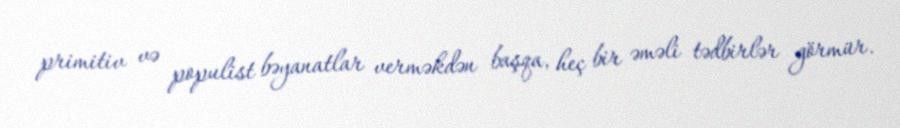
primitiv və populist bəyanatlar verməkdən başqa, heç bir əməli tədbirlər görmür.